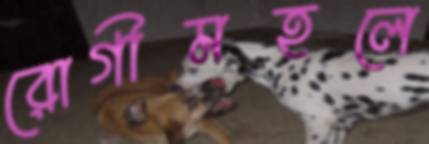
রোগীমহলে